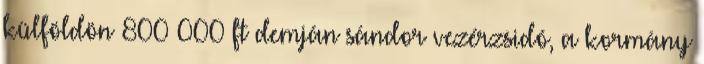
külföldön 800 000 ft demján sándor vezérzsidó, a kormány